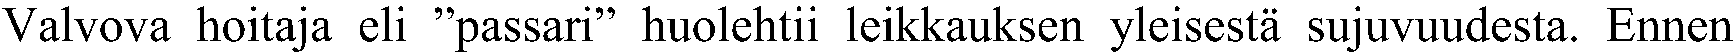
Valvova hoitaja eli ”passari” huolehtii leikkauksen yleisestä sujuvuudesta. Ennen